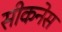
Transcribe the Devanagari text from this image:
सीकनेस